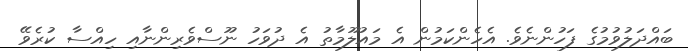
ބައްދަލުވުމުގެ ފަހުންނެވެ. އެހެންކަމުން އެ މައުލޫމާތު އެ ދުވަހު ނޫސްވެރިންނާއި ހިއްސާ ކުރެވޭ